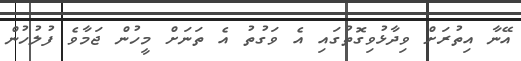
އޭނާ އިތުރަށް ވިދާޅުވިގޮތުގައި އެ ވަގުތު އެ ތަނަށް މީހުން ޖަމާވެ ފުލުހުން